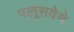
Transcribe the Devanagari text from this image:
पलूसयेथे